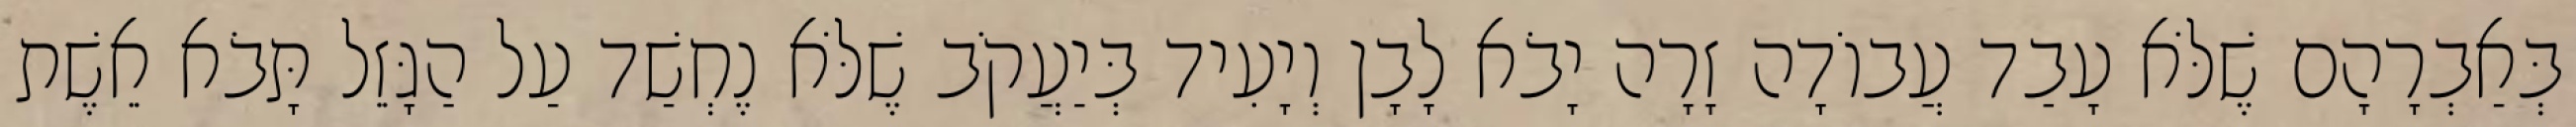
בְּאַבְרָהָם שֶׁלֹּא עָבַד עֲבוֹדָה זָרָה יָבֹא לָבָן וְיָעִיד בְּיַעֲקֹב שֶׁלֹּא נֶחְשַׁד עַל הַגָּזֵל תָּבֹא אֵשֶׁת